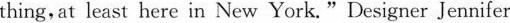
thing,at least here in New York."Designer Jennifer